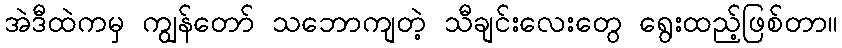
အဲဒီထဲကမှ ကျွန်တော် သဘောကျတဲ့ သီချင်းလေးတွေ ရွေးထည့်ဖြစ်တာ။